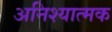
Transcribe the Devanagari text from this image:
अनिश्यात्मक